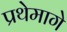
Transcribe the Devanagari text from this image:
प्रथेमागे